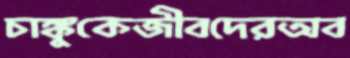
চাঙ্কুকেজীবদেরঅব